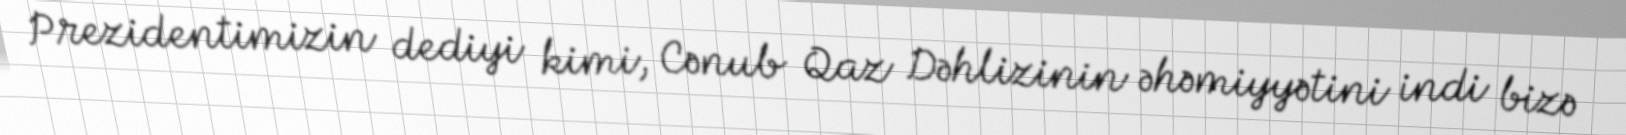
Prezidentimizin dediyi kimi, Cənub Qaz Dəhlizinin əhəmiyyətini indi bizə